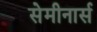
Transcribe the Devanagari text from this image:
सेमीनार्स